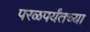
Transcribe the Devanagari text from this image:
परळपर्यंतच्या